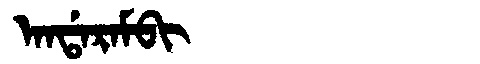
Manchu: ᠠᠨᡩᠠᡵᠠᠮᠪᡳ
Romanization: ANDARAMBI